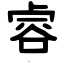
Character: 䜭